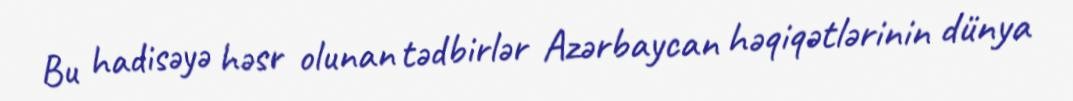
Bu hadisəyə həsr olunan tədbirlər Azərbaycan həqiqətlərinin dünya